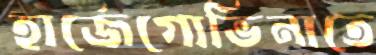
হার্জেগোভিনাতে